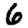
Digit: 6